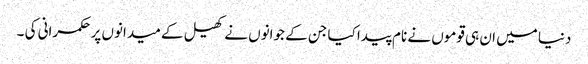
دنیا میں ان ہی قوموں نے نام پیدا کیا جن کے جوانوں نے کھیل کے میدانوں پر حکمرانی کی ۔